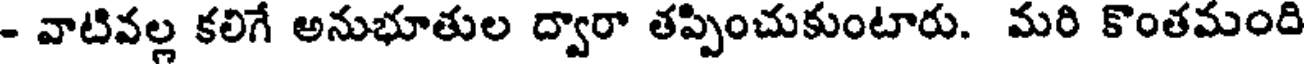
- వాటివల్ల కలిగే అనుభూతుల ద్వారా తప్పించుకుంటారు. మరి కొంతమంది